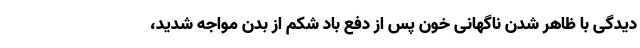
دیدگی با ظاهر شدن ناگهانی خون پس از دفع باد شکم از بدن مواجه شدید،